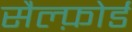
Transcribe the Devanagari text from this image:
सैल्फ़ोर्ड